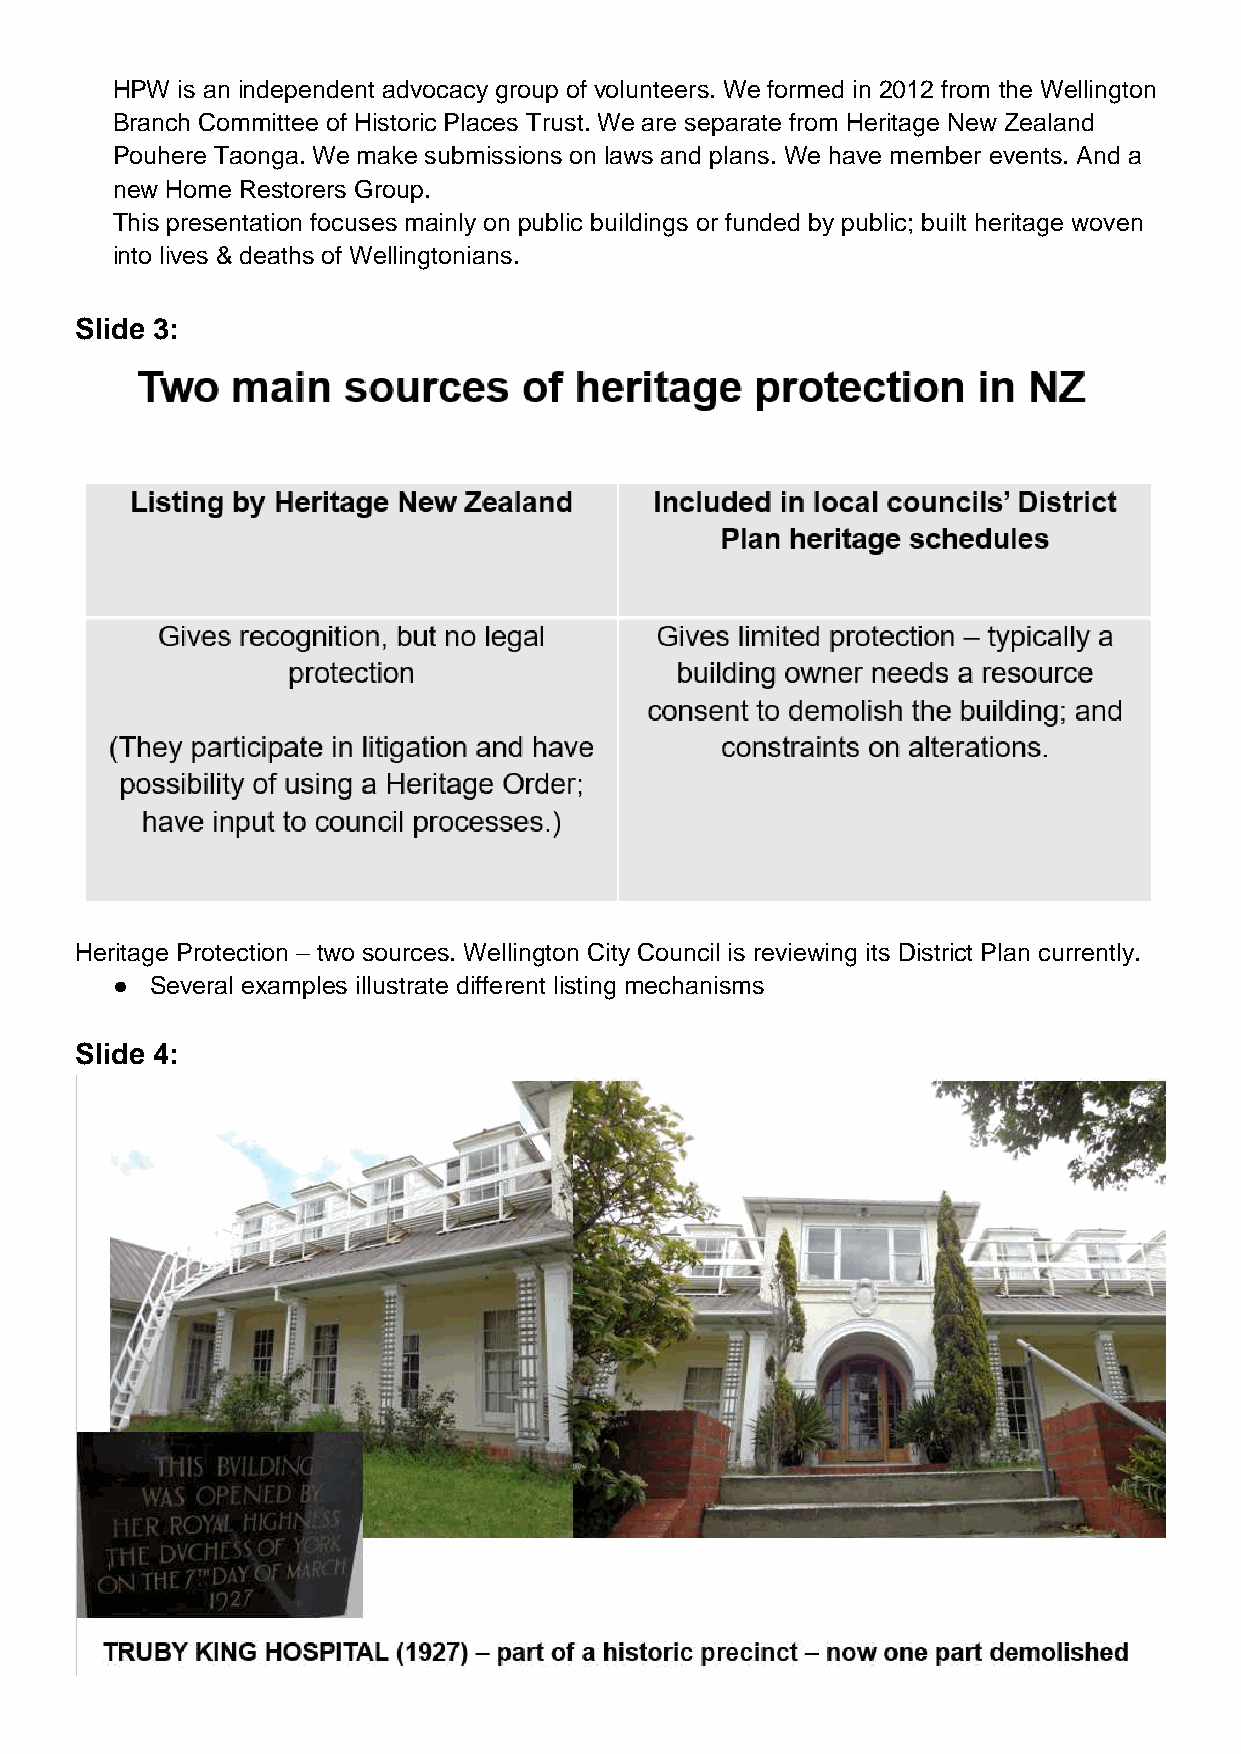
HPW  is an independent advocacy group of volunteers. We formed in 2012 from the Wellington
 Branch Committee of Historic Places Trust. We are separate from Heritage New Zealand
 Pouhere Taonga. We make submissions on laws and plans. We have member events. And a
 new Home Restorers Group.
 This presentation focuses mainly on public buildings or funded by public; built heritage woven
 into lives & deaths of Wellingtonians.
 Slide 3:
 Heritage Protection – two sources. Wellington City Council is reviewing its District Plan currently.
 ●  Several examples illustrate different listing mechanisms
 Slide 4: